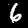
Label: 6